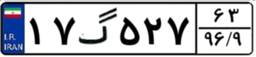
۱۷گ۵۲۷۶۳